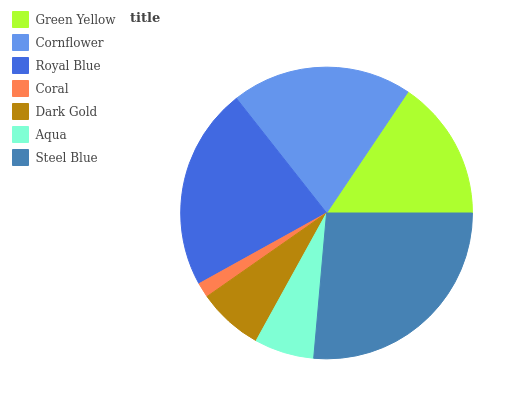
| Green Yellow | Cornflower | Royal Blue | Coral | Dark Gold | Aqua | Steel Blue |
 | --- | --- | --- | --- | --- | --- | --- |
 | 15.6% | 20% | 22.4% | 1.65% | 7.27% | 6.62% | 26.4% |